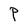
Character: P